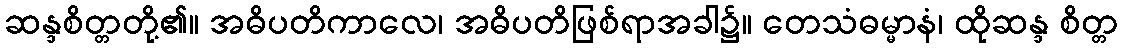
ဆန္ဒစိတ္တတို့၏။ အဓိပတိကာလေ၊ အဓိပတိဖြစ်ရာအခါ၌။ တေသံဓမ္မာနံ၊ ထိုဆန္ဒ စိတ္တ